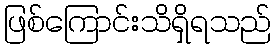
ဖြစ်ကြောင်းသိရှိရသည်